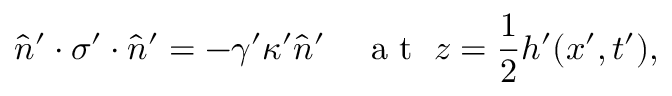
\hat { n } ^ { \prime } \cdot \sigma ^ { \prime } \cdot \hat { n } ^ { \prime } = - \gamma ^ { \prime } \kappa ^ { \prime } \hat { n } ^ { \prime } \quad \mathrm { ~ a ~ t ~ } \; z = \frac { 1 } { 2 } h ^ { \prime } ( x ^ { \prime } , t ^ { \prime } ) ,